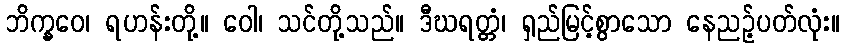
ဘိက္ခဝေ၊ ရဟန်းတို့။ ဝေါ၊ သင်တို့သည်။ ဒီဃရတ္တံ၊ ရှည်မြင့်စွာသော နေညဉ့်ပတ်လုံး။